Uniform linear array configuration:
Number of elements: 12
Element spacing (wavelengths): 0.75
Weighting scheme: binomial
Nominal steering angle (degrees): -15
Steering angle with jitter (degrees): -14.994
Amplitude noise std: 0.05
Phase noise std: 0.05

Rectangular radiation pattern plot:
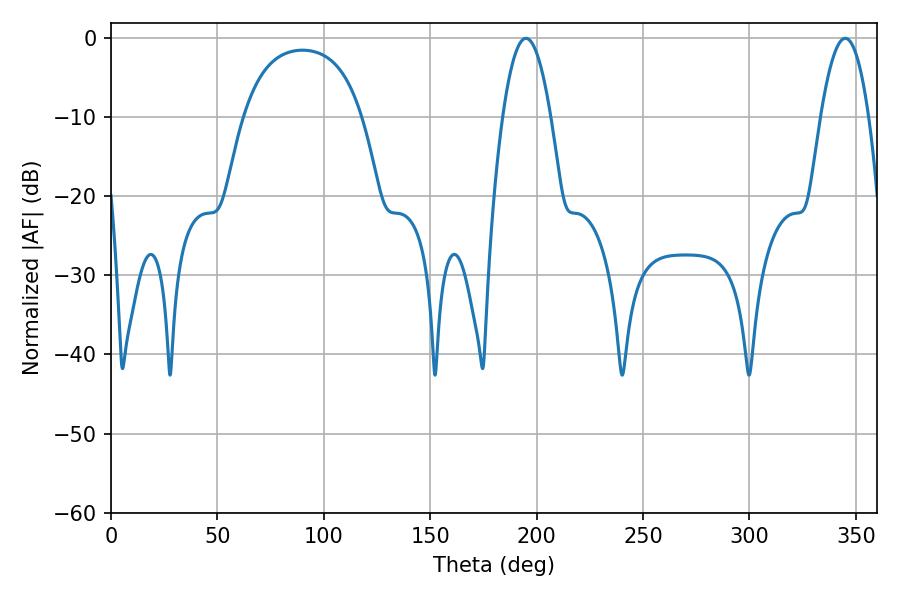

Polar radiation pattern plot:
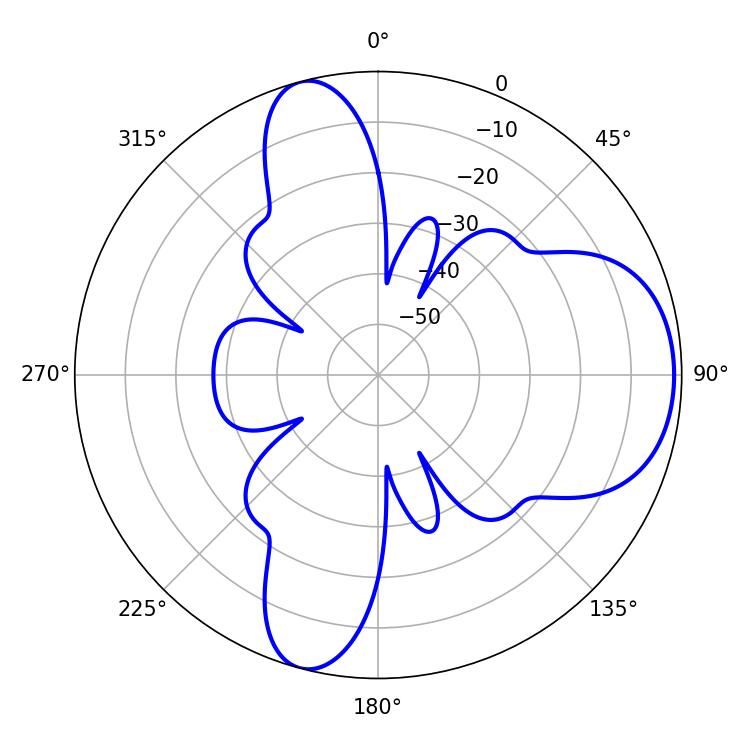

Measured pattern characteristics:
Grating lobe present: TRUE
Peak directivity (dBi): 7.775
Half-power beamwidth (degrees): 12.42
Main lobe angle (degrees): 194.94